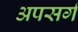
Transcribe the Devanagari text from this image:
अपसर्ग